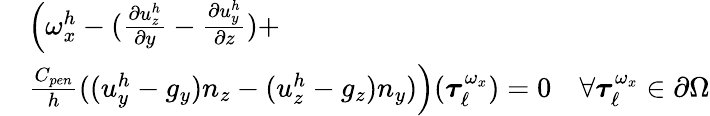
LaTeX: \begin{array}{rl}&{\left(\omega_{x}^{h}-(\frac{\partial u_{z}^{h}}{\partial y}-\frac{\partial u_{y}^{h}}{\partial z})+\right.}\\ &{\left.\frac{C_{pen}}{h}((u_{y}^{h}-g_{y})n_{z}-(u_{z}^{h}-g_{z})n_{y})\right)(\boldsymbol{\tau}_{\ell}^{\omega_{x}})=0\quad\forall\boldsymbol{\tau}_{\ell}^{\omega_{x}}\in\partial\Omega}\end{array}